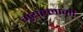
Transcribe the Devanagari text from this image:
गुयल्लामी